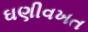
ઘણીવખત